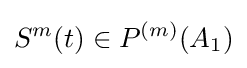
S^{m}(t)\in P^{(m)}(A_{1})